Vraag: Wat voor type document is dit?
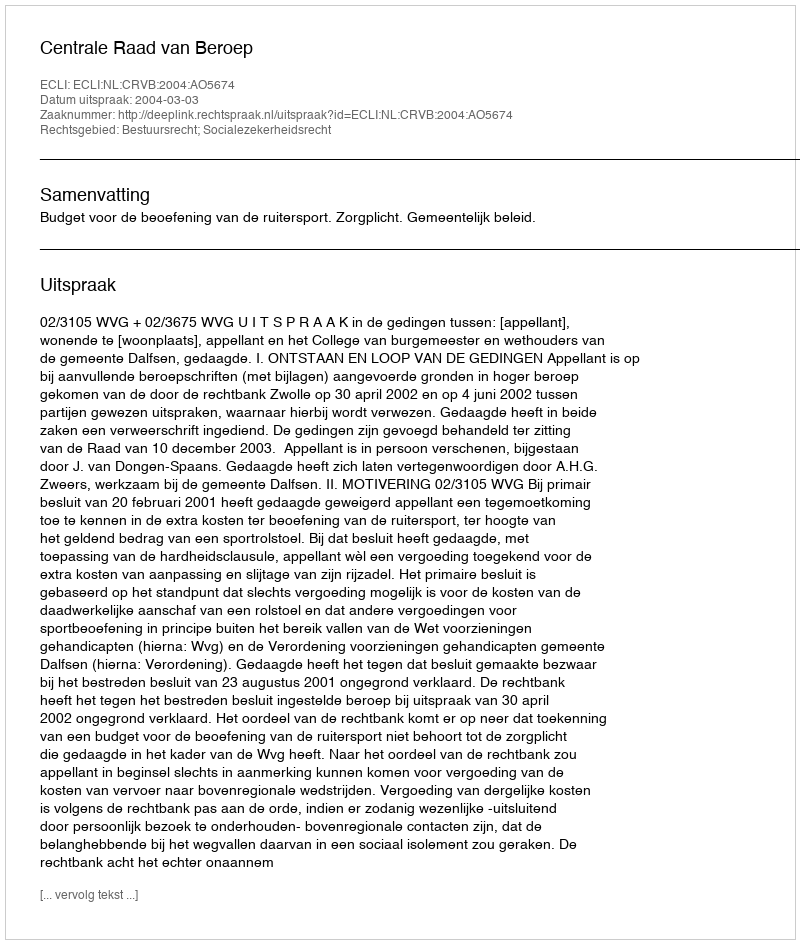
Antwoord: Uitspraak